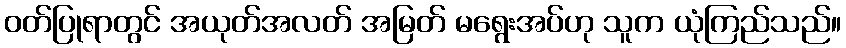
ဝတ်ပြုရာတွင် အယုတ်အလတ် အမြတ် မရွေးအပ်ဟု သူက ယုံကြည်သည်။